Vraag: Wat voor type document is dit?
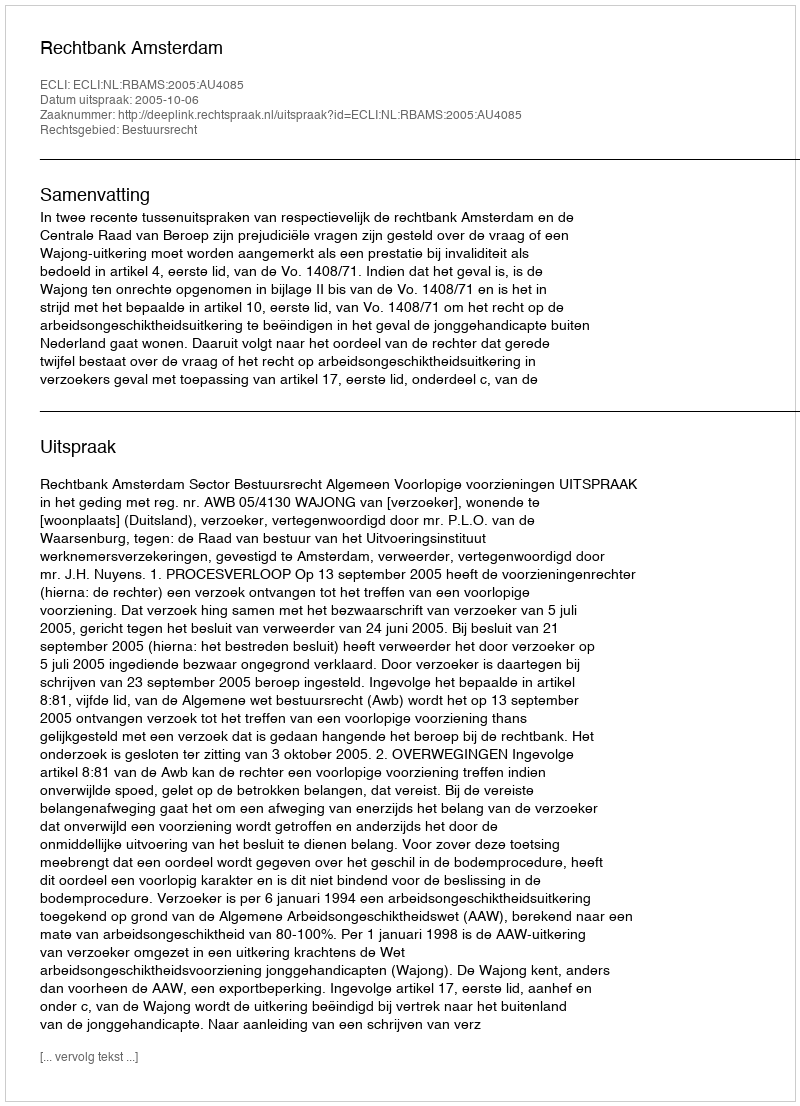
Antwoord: Uitspraak